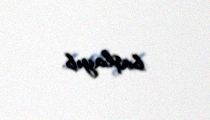
başlayıb.